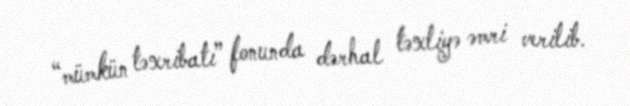
“mümkün təxribatı” fonunda dərhal təxliyə əmri verilib.